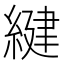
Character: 𦂩